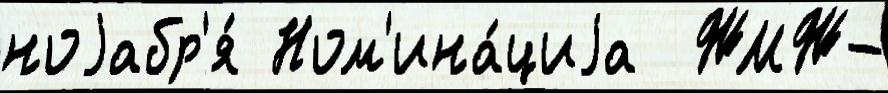
ноjабр'я́ Ном'ина́циjа  ЖМЖ-